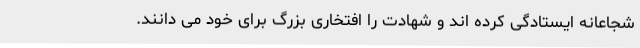
شجاعانه ایستادگی کرده اند و شهادت را افتخاری بزرگ برای خود می دانند.